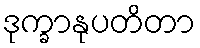
ဒုက္ခာနုပတိတာ